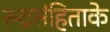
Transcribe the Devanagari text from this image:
रुद्रसंहिताके